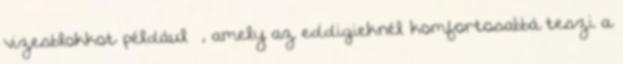
vizesblokkot például –, amely az eddigieknél komfortosabbá teszi a